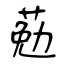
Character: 葂